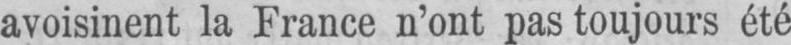
avoisinent la France n’ont pas toujours été